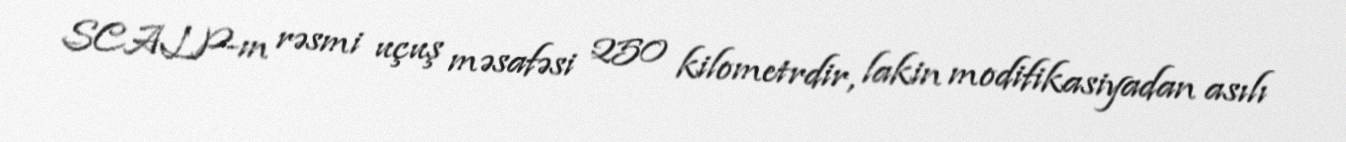
SCALP-ın rəsmi uçuş məsafəsi 250 kilometrdir, lakin modifikasiyadan asılı